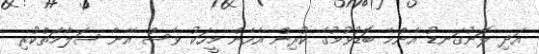
އަދި ލޮނުގަނޑު އެންމެ ބޮޑުވުމުގެ ކުރިން އެހެން މީހަކު ވެސް އޭނާ ސަލާމަތްކުރި